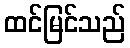
ထင်မြင်သည်